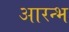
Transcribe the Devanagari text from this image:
आरन्भ